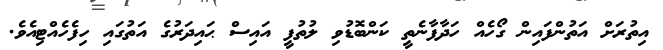
އިތުރަށް އަތުންފައިން ގޯހެއް ހަދާފާނެތީ ކަންބޮޑުވި ލުތުފީ އައިސް ޙައިދަރުގެ އަތުގައި ހިފެހެއްޓިއެވެ.